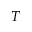
T